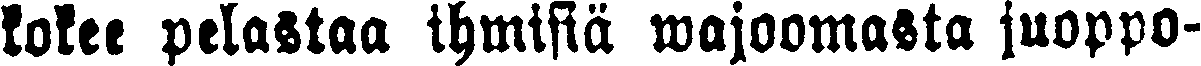
kokee pelastaa ihmisiä wajoomasta juoppo-